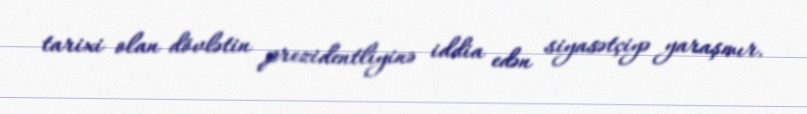
tarixi olan dövlətin prezidentliyinə iddia edən siyasətçiyə yaraşmır.